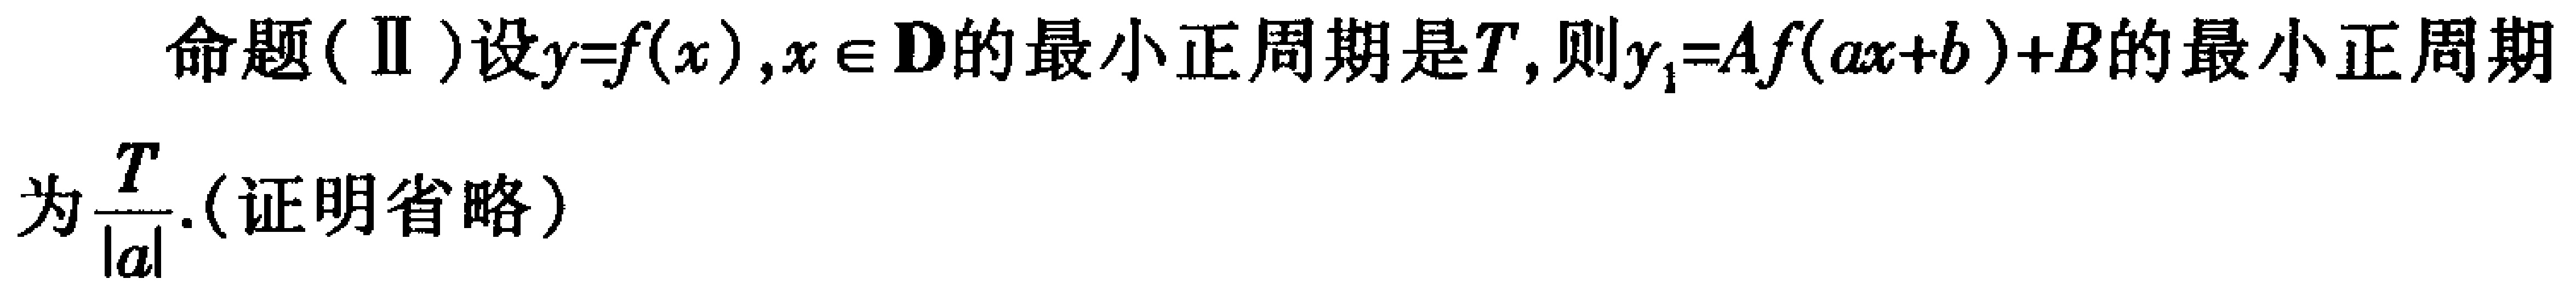
命题(Ⅱ)设\(y = f(x),x\in D\)的最小正周期是\(T\)，则\(y_{1}=Af(ax + b)+B\)的最小正周期为\(\frac{T}{\vert a\vert}\).(证明省略)